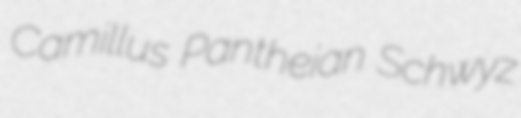
Camillus Pantheian Schwyz